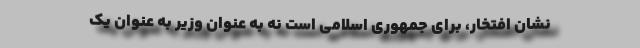
نشان افتخار، برای جمهوری اسلامی است نه به عنوان وزیر به عنوان یک